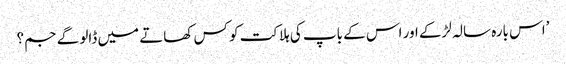
’اس بارہ سالہ لڑکے اور اس کے باپ کی ہلاکت کو کس کھاتے میں ڈالو گے جم؟